Lock hospitals Punjab
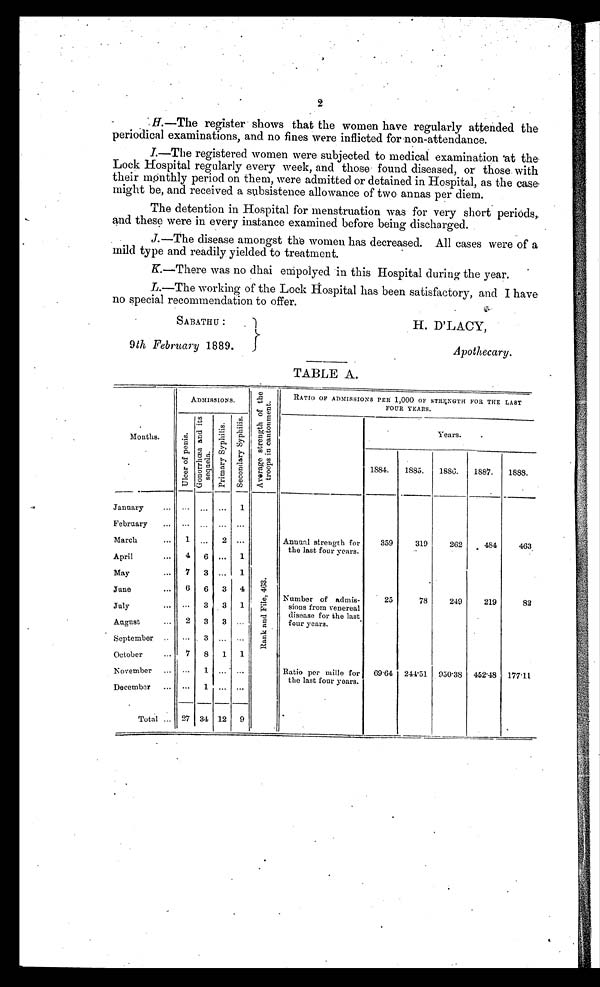
SABATHU :
9th February 1889.
H. D'LACY,
Apothecary.
2
H.—The register shows that the women have regularly attended the
periodical examinations, and no fines were inflicted for non-attendance.
I.—The registered women were subjected to medical examination at the
Lock Hospital regularly every week, and those found diseased, or those with
their monthly period on them, were admitted or detained in Hospital, as the case-
might be, and received a subsistence allowance of two annas per diem.
The detention in Hospital for menstruation was for very short periods,.
and these were in every instance examined before being discharged.
J.—The disease amongst the women has decreased. All cases were of a
mild type and readily yielded to treatment.
K.—There was no dhai empolyed in this Hospital during the year.
L.—The working of the Lock Hospital has been satisfactory, and I have
no special recommendation to offer.
TABLE A.
ADMISSIONS.
A v e r a g e s t r e n g t h o f t h e t r o o p s i n c a n t o n m e n t .
RATIO OF ADMISSIONS PER 1,000 OF STRENGTH FOR THE LAST
FOUR YEARS.
Months.
U l c e r o f p e n i s .
G o n o r r h œ a a n d i t s s e q u e l a .
P r i m a r y S y p h i l i s .
S e c o n d a r y S y p h i l i s .
Years.
1884.
1885.
1886.
1887.
1888.
January
. . .
. . .
. . .
1
R a n k a n d F i l e , 4 6 3 .
February
. . .
. . .
...
. . .
March
1
. . . 2
. . .
Annual strength for
the last four years.
359
319
262
484
463
April
4
6
...
1.
May
7
3
...
1
June
6
6
3
4
Number of admis
sions from venereal
disease for the last
four years.
25
78
249
219
82
July
. . . 3 3
1
August
2
3
3
...
September
. . .
3 . . .
. . .
October
7
8
1
1
November
. . .
1
...
...
Ratio per mille for
the last four years.
69 . 64
244.51 950.38
452.48
177.11
December ... ... 1
. . .
...
Total ...
27 34 12
9